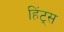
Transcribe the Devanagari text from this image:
हिंट्स